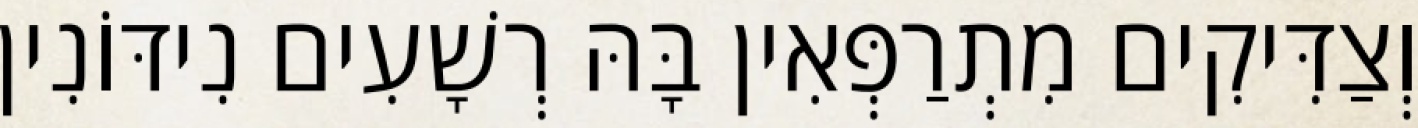
וְצַדִּיקִים מִתְרַפְּאִין בָּהּ רְשָׁעִים נִידּוֹנִין